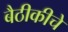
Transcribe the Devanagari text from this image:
बैठीकीचे